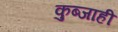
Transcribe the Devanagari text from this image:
कुब्जाही